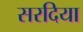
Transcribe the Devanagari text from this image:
सरदिया